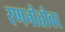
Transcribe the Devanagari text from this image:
रणनीतीवर